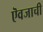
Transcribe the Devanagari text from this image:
ऎवजाची